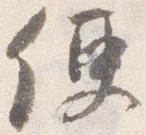
便